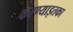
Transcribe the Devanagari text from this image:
करण्याइतका